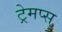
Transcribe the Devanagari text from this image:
ट्रेमप्स